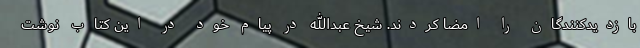
بازدیدکنندگان را امضا کردند. شیخ عبدالله در پیام خود در این کتاب نوشت